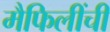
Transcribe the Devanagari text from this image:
मैफिलींची